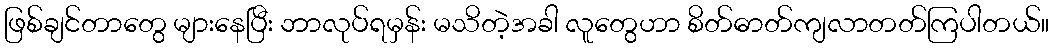
ဖြစ်ချင်တာတွေ များနေပြီး ဘာလုပ်ရမှန်း မသိတဲ့အခါ လူတွေဟာ စိတ်ဓာတ်ကျလာတတ်ကြပါတယ်။